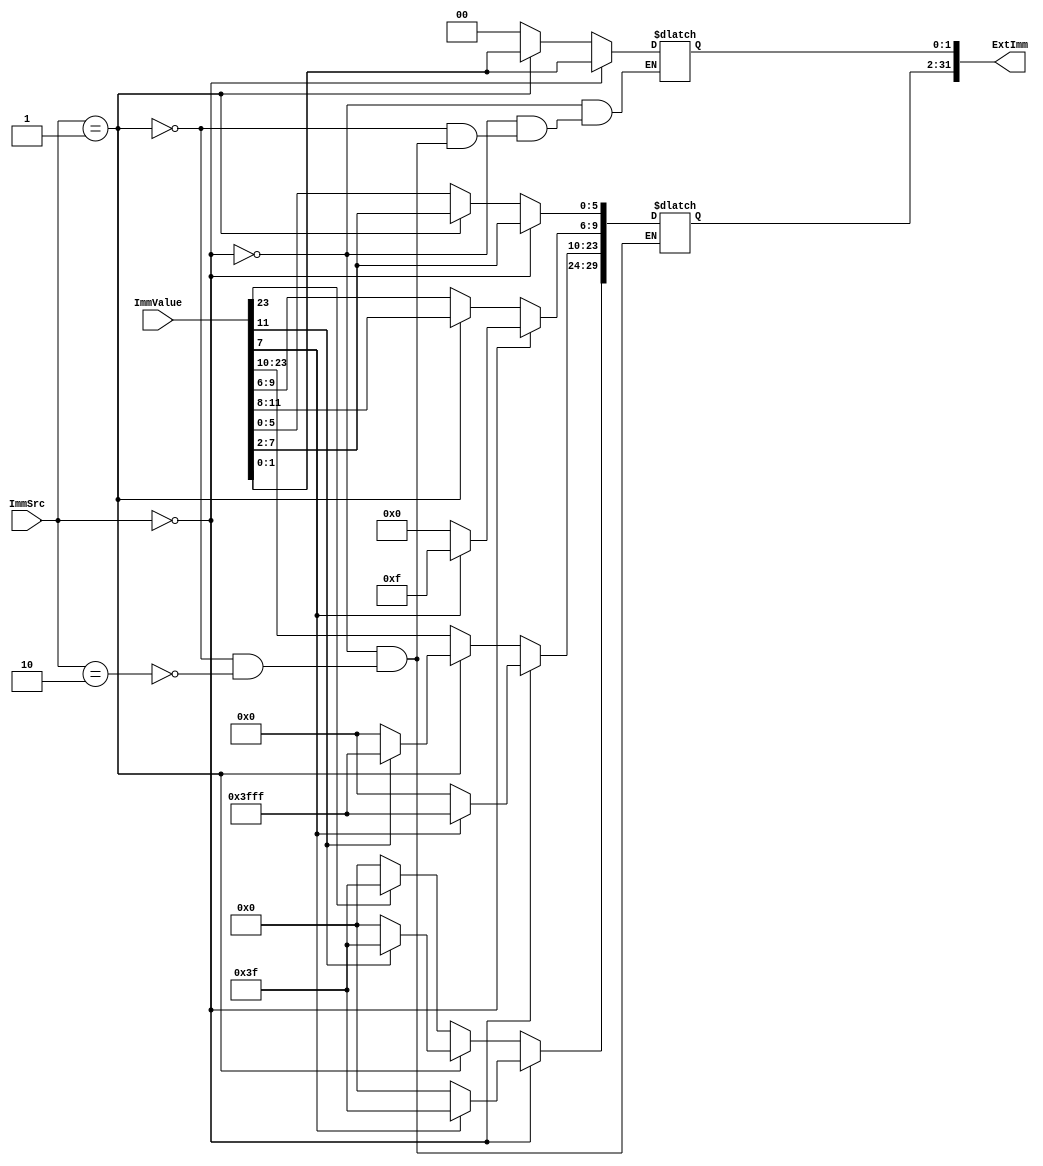
module Extend(
   input [23:0] ImmValue,
   input [1:0] ImmSrc,
   output reg [31:0] ExtImm
   );
  
   always @ (*) begin
      if(ImmSrc[1:0] == 2'b00) begin         //mov immediate needs only 8bits
         ExtImm[7:0] <= ImmValue[7:0];
         if(ImmValue[7] == 1'b1)
            ExtImm[31:8] <= 24'b111111111111111111111111;
         else
            ExtImm[31:8] <= 24'b0000000000000000000000;
      end
      else if(ImmSrc[1:0] == 2'b01) begin      //lw, sw needs only 12bits
         ExtImm[11:0] <= ImmValue[11:0];
         if(ImmValue[11] == 1'b1)
            ExtImm[31:12] <= 20'b11111111111111111111;
         else
            ExtImm[31:12] <= 20'b00000000000000000000;         
      end
      else if(ImmSrc[1:0] == 2'b10) begin      //branch needs 24bit offset
		 ExtImm[1:0] = 2'b00;
         ExtImm[25:2] <= ImmValue[23:0];
         if(ImmValue[23] == 1'b1)
            ExtImm[31:26] <= 6'b111111;
         else
            ExtImm[31:26] <= 6'b000000;
      end   
   end
endmodule